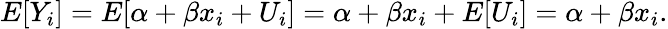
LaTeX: E[Y_{i}]=E[\alpha+\beta x_{i}+U_{i}]=\alpha+\beta x_{i}+E[U_{i}]=\alpha+\beta x_{i}.